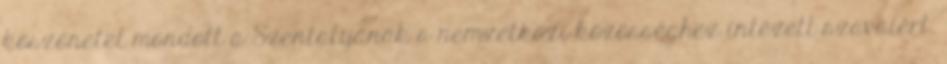
köszönetet mondott a Szentatyának a nemzetközi közösséghez intézett szavaiért.